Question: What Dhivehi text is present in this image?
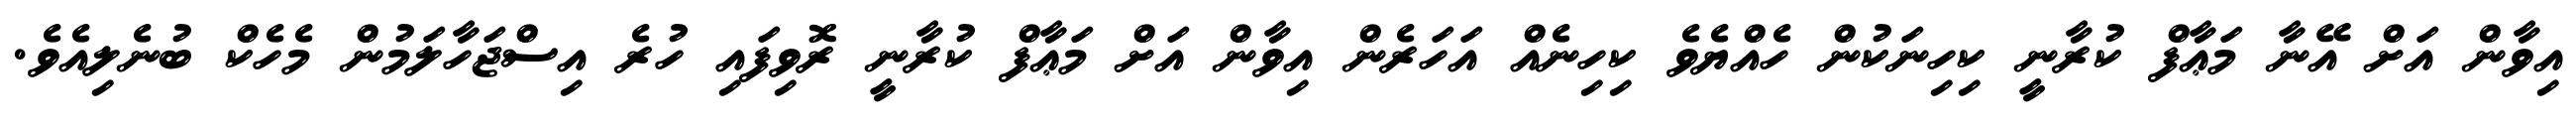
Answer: އިވާން އަށް އޭނާ މަޢާފް ކުރާނީ ކިހިނަކުން ހެއްޔެވެ ކިހިނެއް އަހަރެން އިވާން އަށް މަޢާފް ކުރާނީ ރޮވިފައި ހުރެ އިސްޖަހާލަމުން މެހެކް ބުނެލިއެވެ.